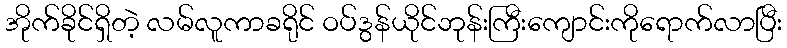
အိုက်ခိုင်ရှိတဲ့ လမ်လူကာခရိုင် ဝပ်ဒွန်ယိုင်ဘုန်းကြီးကျောင်းကိုရောက်လာပြီး